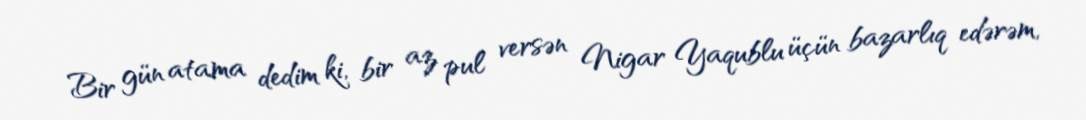
Bir gün atama dedim ki, bir az pul versən Nigar Yaqublu üçün bazarlıq edərəm,